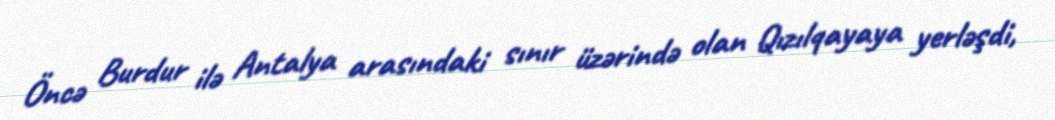
Öncə Burdur ilə Antalya arasındaki sınır üzərində olan Qızılqayaya yerləşdi,